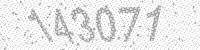
Solution: 143071